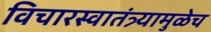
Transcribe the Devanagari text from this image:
विचारस्वातंत्र्यामुळेच